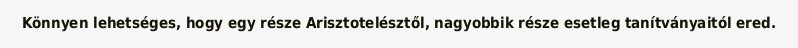
Könnyen lehetséges, hogy egy része Arisztotelésztől, nagyobbik része esetleg tanítványaitól ered.